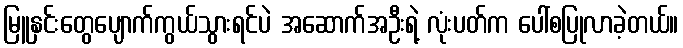
မြူနှင်းတွေပျောက်ကွယ်သွားရင်ပဲ အဆောက်အဦးရဲ့ လုံးပတ်က ပေါ်စပြုလာခဲ့တယ်။